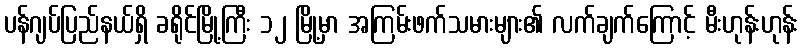
ပန်ဂျပ်ပြည်နယ်ရှိ ခရိုင်မြို့ကြီး ၁၂ မြို့မှာ အကြမ်းဖက်သမားများ၏ လက်ချက်ကြောင့် မီးဟုန်းဟုန်း